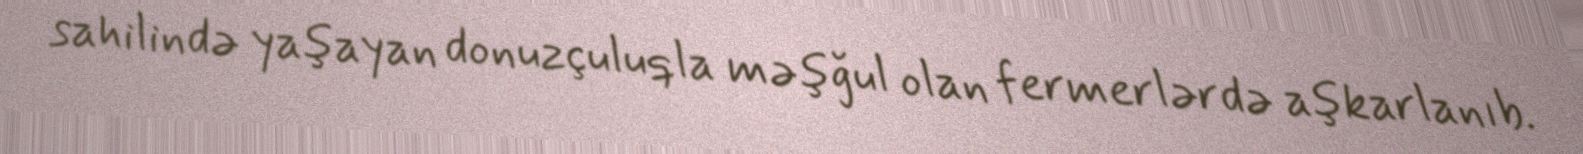
sahilində yaşayan donuzçuluqla məşğul olan fermerlərdə aşkarlanıb.